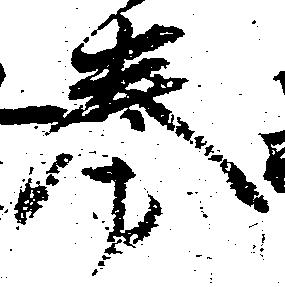
券